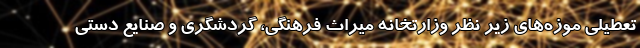
تعطیلی موزه‌های زیر نظر وزارتخانه میراث فرهنگی، گردشگری و صنایع دستی